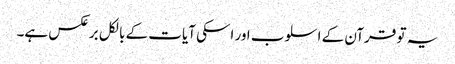
یہ تو قرآن کے اسلوب اور اسکی آیات کے بالکل برعکس ہے۔